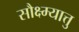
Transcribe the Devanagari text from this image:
सौक्ष्म्यात्तु